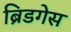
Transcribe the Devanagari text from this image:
ब्रिडगेस